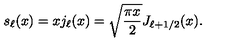
s _ { \ell } ( x ) = x j _ { \ell } ( x ) = \sqrt { { \frac { \pi x } { 2 } } } J _ { { \ell + 1 / 2 } } ( x ) .